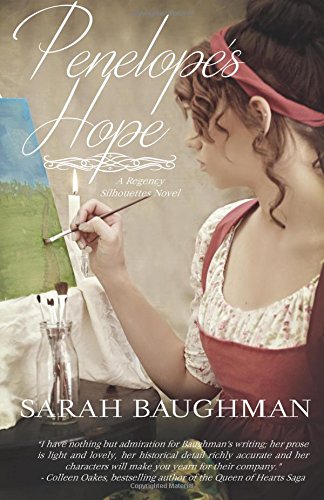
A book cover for Penelope's Hope (Regency Silhouettes) (Volume 1); Sarah Baughman; Romance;